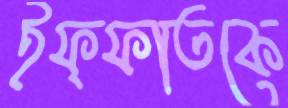
ইফ্ফাতকে